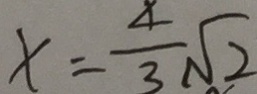
x = \frac { 4 } { 3 } \sqrt { 2 }